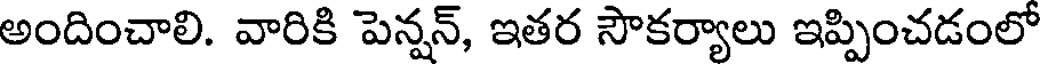
అందించాలి. వారికి పెన్నన్, ఇతర సౌకర్యాలు ఇప్పించడంలో